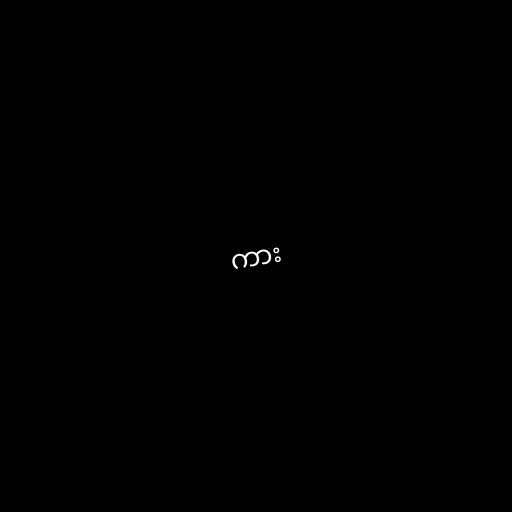
ကား